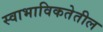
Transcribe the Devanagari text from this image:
स्वाभाविकतेतील